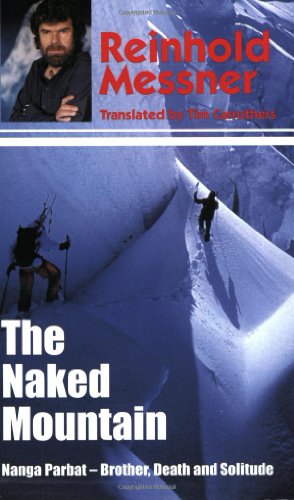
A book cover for The Naked Mountain; Reinhold Messner; Travel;